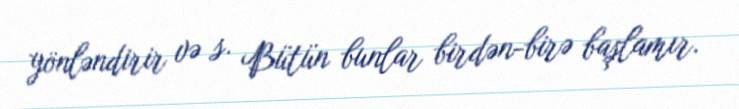
yönləndirir və s. Bütün bunlar birdən-birə başlamır.